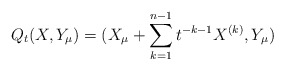
\begin{align*}Q_{t} (X,Y_{\mu}) = (X_{\mu}+\sum^{n-1}_{k=1} t^{-k-1} X^{(k)},Y_{\mu})\end{align*}